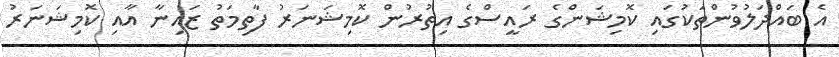
އެ ބައްދަލުވުންތަކުގައި ކޮމިޝަންގެ ރައީސްގެ އިތުރުން ކޮމިޝަނަރު ފާތިމަތު ޒައިނާ އާއި ކޮމިޝަނަރު